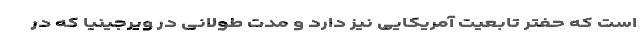
است که حفتر تابعیت آمریکایی نیز دارد و مدت طولانی در ویرجینیا که در